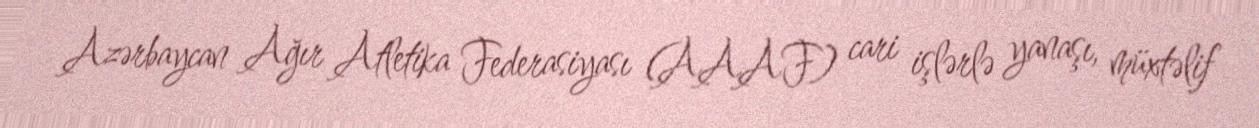
Azərbaycan Ağır Atletika Federasiyası (AAAF) cari işlərlə yanaşı, müxtəlif